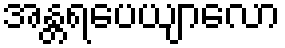
အန္တရပေယျာလော